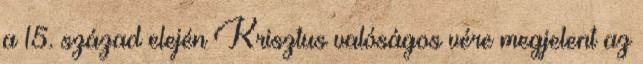
a 15. század elején Krisztus valóságos vére megjelent az